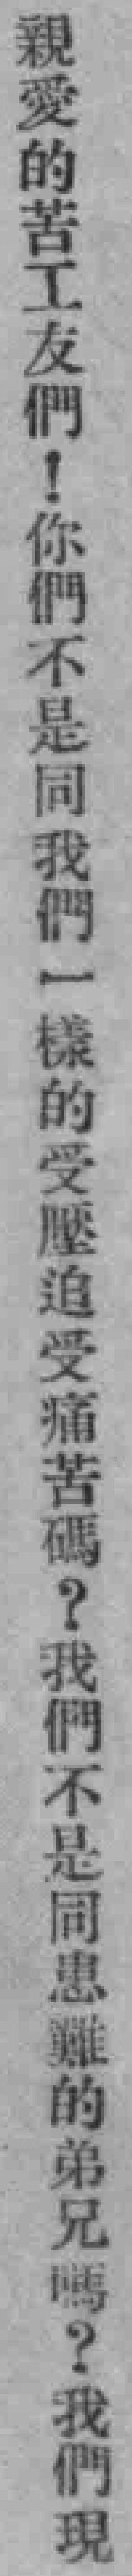
親爱的苦工友們！你們不是同我們一樣的受壓迫受痛苦嗎？我們不是同患難的弟兄嗎？我們現